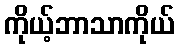
ကိုယ့်ဘာသာကိုယ်